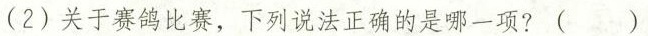
(2)关于赛鸽比赛，下列说法正确的是哪一项?( )